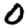
Digit: 0